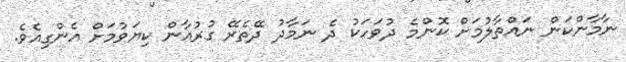
ނާމާންކަން ނައްތާލުމަށް ކޮންމެ ދުވަހަކު ދެ ނަމާދު ދޭތެރޭ ގުރުއާން ކިޔަވުމަށް އެންގިއެވެ.